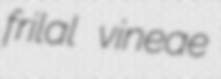
frilal vineae